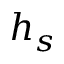
h _ { s }